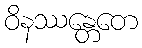
ဝိနဿန္တေတေ